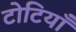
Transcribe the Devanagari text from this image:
टोटियाँ